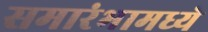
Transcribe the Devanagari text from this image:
समारंभामध्ये